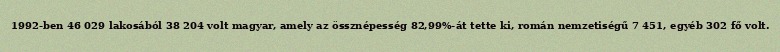
1992-ben 46 029 lakosából 38 204 volt magyar, amely az össznépesség 82,99%-át tette ki, román nemzetiségű 7 451, egyéb 302 fő volt.